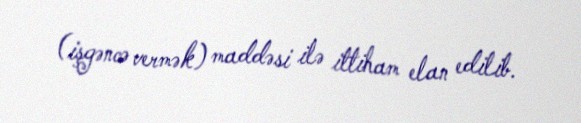
(işgəncə vermək) maddəsi ilə ittiham elan edilib.